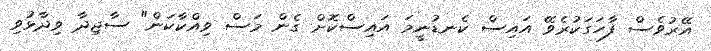
އޭރުވެސް ފާހަގަކުރެވޭ އައިސް ކެނޑުނީމަ އައިސްކޮށް ގެން މަސް ވިއްކާކަން" ސާޖިދާ ވިދާޅުވި